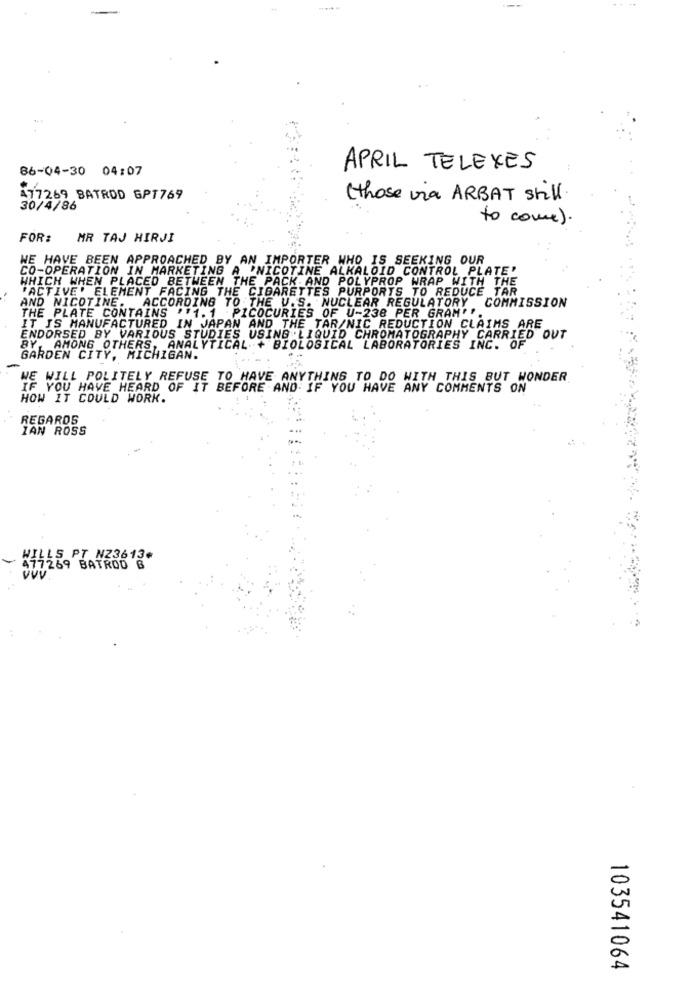
86-04-30 04:07
APRIL TELEXES
477269 BATROD GPT769
(those via ARBAT still.
30/4/86
to come).
FOR:
MR TAJ HIRJI
WE HAVE BEEN APPROACHED BY AN IMPORTER WHO IS SEEKING OUR
CO-OPERATION IN MARKETING A "NICOTINE ALKALOID CONTROL PLATE'
WHICH WHEN PLACED BETWEEN THE PACK AND POLYPROP WRAP WITH THE
"ACTIVE' ELEMENT FACING THE CIGARETTES PURPORTS TO REDUCE TAR
AND NICOTINE. ACCORDING TO THE U.S. NUCLEAR REGULATORY COMMISSION
THE PLATE CONTAINS ''1.1 .PICOCURIES OF U-238 PER GRAM" ".
IT IS MANUFACTURED IN JAPAN AND THE TAR/NIC REDUCTION CLAIMS ARE
ENDORSED BY VARIOUS STUDIES USING LIQUID CHROMATOGRAPHY CARRIED OUT
BY, AMONG OTHERS, ANALYTICAL + BIOLOGICAL LABORATORIES INC. OF
GARDEN CITY, MICHIGAN.
-
WE WILL POLITELY REFUSE TO HAVE ANYTHING TO DO WITH THIS BUT WONDER
IF YOU HAVE HEARD OF IT BEFORE AND IF YOU HAVE ANY COMMENTS ON
HOW IT COULD WORK.
REGARDS
IAN ROSS
WILLS PT N23613.
477269 BATROD B
Vvv.
103541064